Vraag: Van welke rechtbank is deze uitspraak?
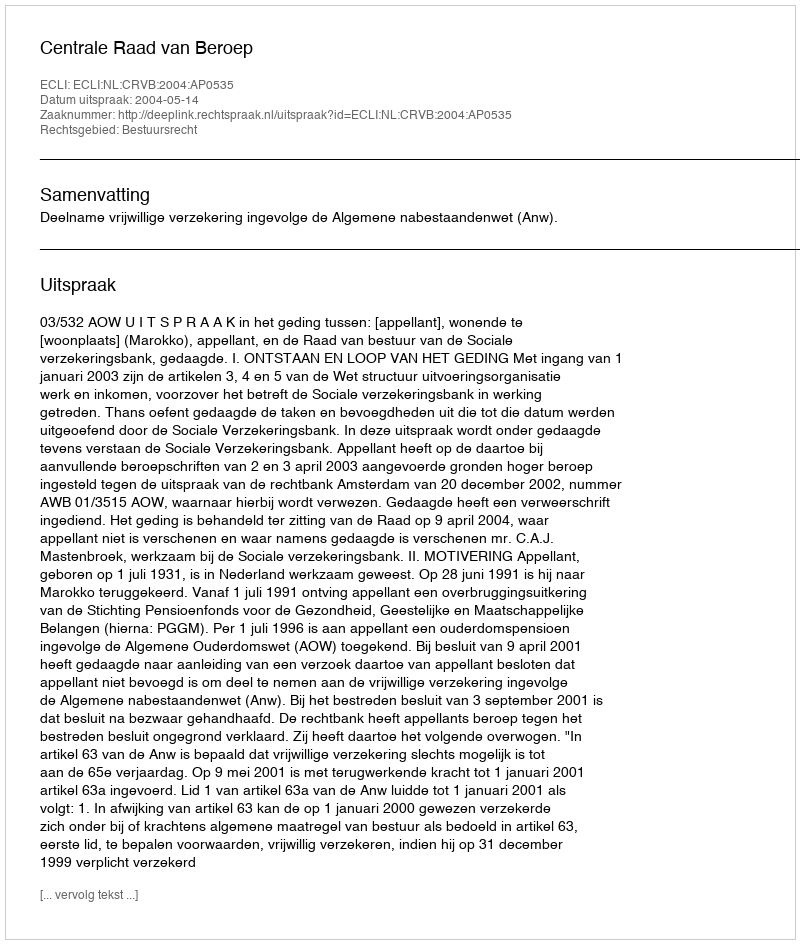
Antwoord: Centrale Raad van Beroep